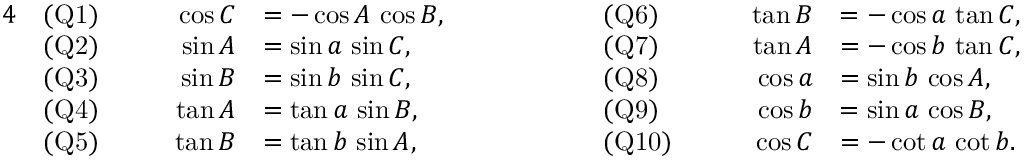
{ \begin{array} { r l r l r l r l } { { 4 } } & { { \mathrm { ( Q 1 ) } } } & { \qquad \cos C } & { = - \cos A \, \cos B , } & { \qquad \qquad } & { { \mathrm { ( Q 6 ) } } } & { \qquad \tan B } & { = - \cos a \, \tan C , } \\ & { { \mathrm { ( Q 2 ) } } } & { \sin A } & { = \sin a \, \sin C , } & & { { \mathrm { ( Q 7 ) } } } & { \tan A } & { = - \cos b \, \tan C , } \\ & { { \mathrm { ( Q 3 ) } } } & { \sin B } & { = \sin b \, \sin C , } & & { { \mathrm { ( Q 8 ) } } } & { \cos a } & { = \sin b \, \cos A , } \\ & { { \mathrm { ( Q 4 ) } } } & { \tan A } & { = \tan a \, \sin B , } & & { { \mathrm { ( Q 9 ) } } } & { \cos b } & { = \sin a \, \cos B , } \\ & { { \mathrm { ( Q 5 ) } } } & { \tan B } & { = \tan b \, \sin A , } & & { { \mathrm { ( Q 1 0 ) } } } & { \cos C } & { = - \cot a \, \cot b . } \end{array} }